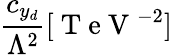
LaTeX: \frac{c_{y_{d}}}{\Lambda^{2}}[\mathrm{~T~e~V~}^{-2}]